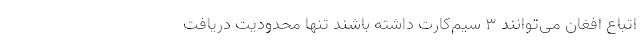
اتباع افغان می‌توانند ۳ سیم‌کارت داشته باشند تنها محدودیت دریافت